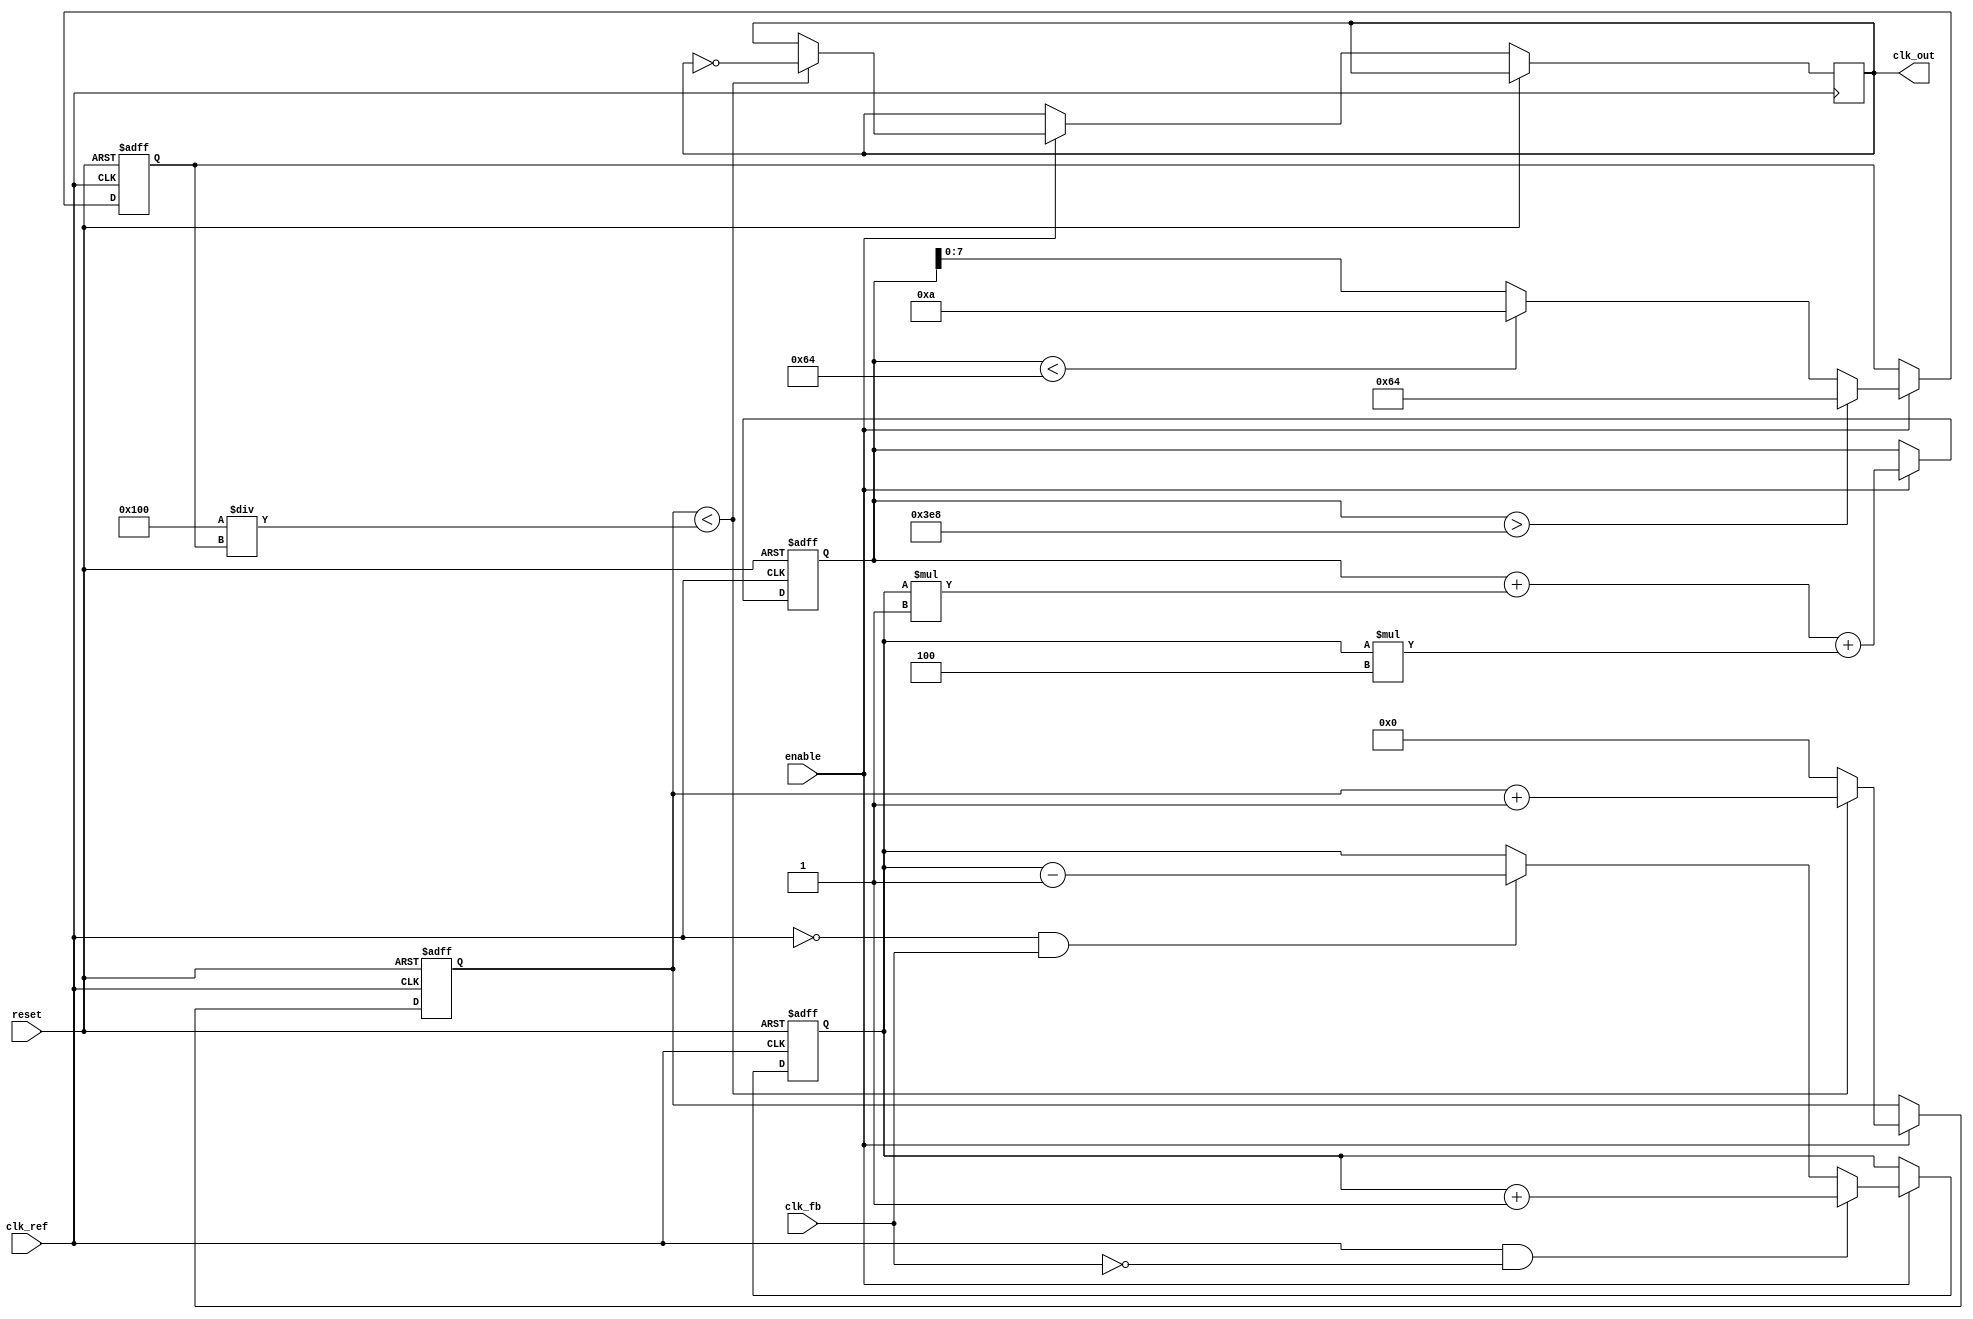
module type2_pll (
    input wire clk_ref,        // Reference Clock Input
    input wire clk_fb,         // Feedback Clock Input
    input wire reset,          // Reset Signal
    input wire enable,         // Enable Signal
    output reg clk_out         // Output Clock
);
    // Parameters for the PLL
    parameter PHASE_GAIN = 4;    // Proportional gain
    parameter INTEGRATOR_GAIN = 1; // Integrator gain
    parameter VCO_MAX_FREQ = 100; // Max frequency of VCO
    parameter VCO_MIN_FREQ = 10;   // Min frequency of VCO

    // Internal signals
    reg [7:0] phase_error;        // Phase error signal
    reg [15:0] control_voltage;    // Control voltage for VCO
    reg [7:0] vco_count;          // VCO count for generating output clock
    reg [7:0] vco_freq;           // Current frequency of VCO

    // Phase Detector
    always @(posedge clk_ref or posedge reset) begin
        if (reset) begin
            phase_error <= 8'b0;
        end else if (enable) begin
            // Simple phase detection logic
            // Here we assume clk_fb is aligned with clk_ref for simplicity
            if (clk_ref && !clk_fb) begin
                phase_error <= phase_error + 1; // Increase phase error
            end else if (!clk_ref && clk_fb) begin
                phase_error <= phase_error - 1; // Decrease phase error
            end
        end
    end

    // Loop Filter (Integrator + Proportional)
    always @(posedge clk_ref or posedge reset) begin
        if (reset) begin
            control_voltage <= 16'b0;
        end else if (enable) begin
            control_voltage <= control_voltage + (phase_error * INTEGRATOR_GAIN) + (phase_error * PHASE_GAIN);
        end
    end

    // Voltage-Controlled Oscillator (VCO)
    always @(posedge clk_ref or posedge reset) begin
        if (reset) begin
            vco_count <= 8'b0;
            vco_freq <= VCO_MIN_FREQ; // Start at min frequency
        end else if (enable) begin
            // Adjust VCO frequency based on control voltage
            if (control_voltage > 16'd1000) begin
                vco_freq <= VCO_MAX_FREQ; // Max frequency
            end else if (control_voltage < 16'd100) begin
                vco_freq <= VCO_MIN_FREQ; // Min frequency
            end else begin
                vco_freq <= control_voltage[7:0]; // Scale control voltage to frequency
            end

            // Generate output clock
            if (vco_count < (256 / vco_freq)) begin
                clk_out <= ~clk_out; // Toggle output clock
                vco_count <= vco_count + 1;
            end else begin
                vco_count <= 8'b0; // Reset count
            end
        end
    end
endmodule